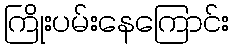
ကြိုးပမ်းနေကြောင်း